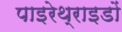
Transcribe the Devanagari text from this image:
पाइरेथ्राइडों